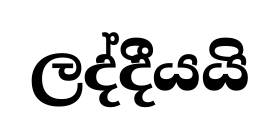
ලද්දීයයි